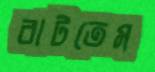
বাটতেম